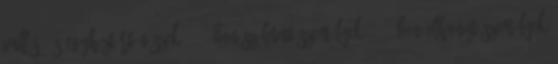
vallás- és egyháztörténészek 1712-ben született személyek 1769-ben elhunyt személyek